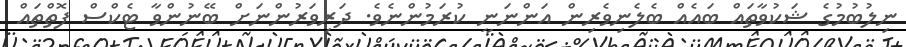
ނިލުބުމުގެ ޝަކުވާތައް ބައެއް ބެލެނިވެރިން އަންނަނީ ކުރަމުންނެވެ. ދަރިވަރުންނަށް ބޭނުންވާ ޓެކްސް ފޮތްތައް